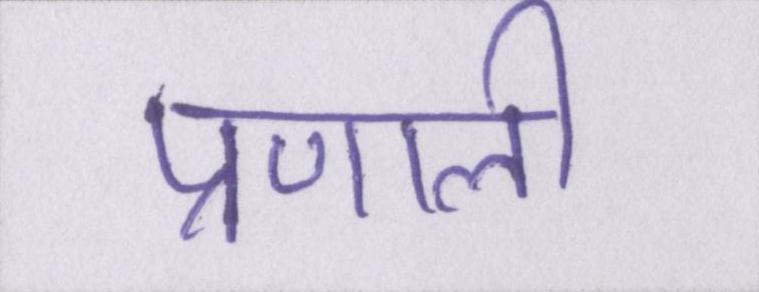
प्रणाली